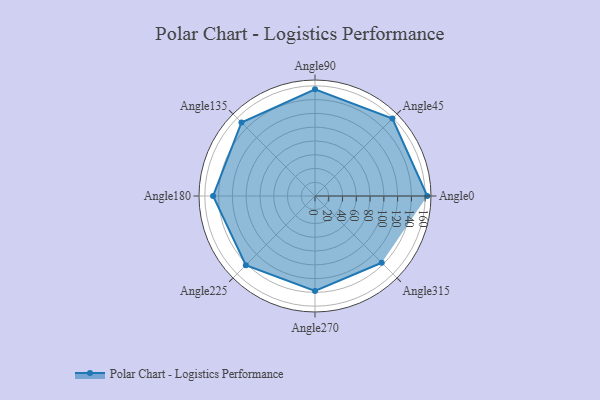
{"axis": {"x": "Angle", "y": "Radius"}, "legend": [""], "data": [{"x": "Angle0", "y": 163.0, "type": ""}, {"x": "Angle45", "y": 159.0, "type": ""}, {"x": "Angle90", "y": 155.0, "type": ""}, {"x": "Angle135", "y": 151.0, "type": ""}, {"x": "Angle180", "y": 148.0, "type": ""}, {"x": "Angle225", "y": 142.0, "type": ""}, {"x": "Angle270", "y": 138.0, "type": ""}, {"x": "Angle315", "y": 137.0, "type": ""}]}